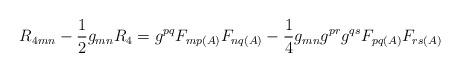
LaTeX: \begin{align*}R_{4mn} - \frac{1}{2}g_{mn}R_{4} = g^{pq}F_{mp(A)}F_{nq(A)} - \frac{1}{4}g_{mn}g^{pr}g^{qs}F_{pq(A)}F_{rs(A)}\end{align*}